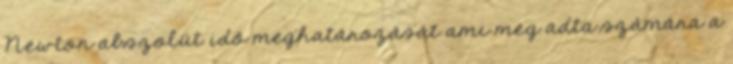
Newton abszolút idő meghatározását ami meg adta számára a